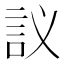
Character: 𲁤